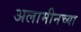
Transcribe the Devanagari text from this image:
अलामीनच्या